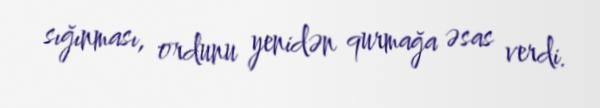
sığınması, ordunu yenidən qurmağa əsas verdi.